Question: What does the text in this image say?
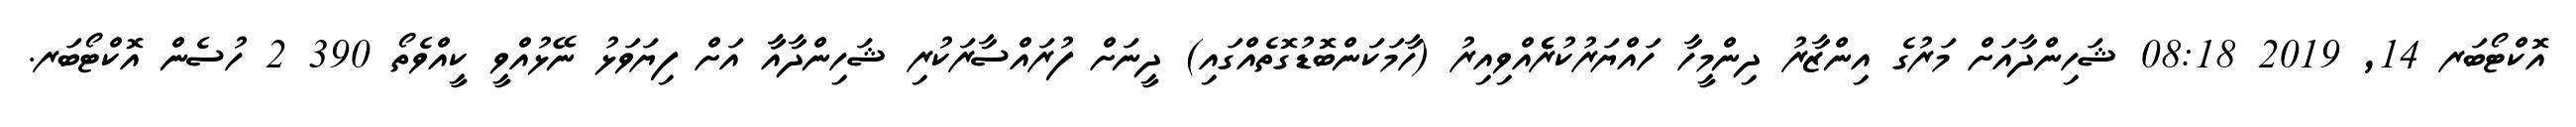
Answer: އޮކްޓޯބަރ 14, 2019 08:18 ޝަހިންދާއަށް މަރުގެ އިންޒާރު ދިންމީހާ ހައްޔަރުކުރެެެެެއްވިއިރު (ހާމަކަންބޮޑުގޮތެއްގައި) ދީނަށް ފުރައްސާރަކުރި ޝަހިންދާއާާ އަށް ފިޔަވަޅު ނޭޅުއްވީ ކީއްވެތޯ 390 2 ހުސެން އޮކްޓޯބަރ.